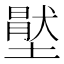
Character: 𡑅